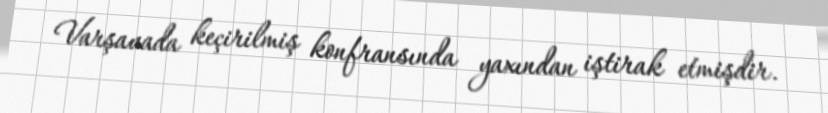
Varşavada keçirilmiş konfransında yaxından iştirak etmişdir.